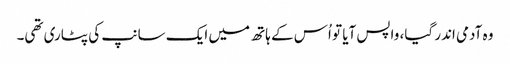
وہ آدمی اندر گیا، واپس آیا تو اُس کے ہاتھ میں ایک سانپ کی پٹاری تھی۔